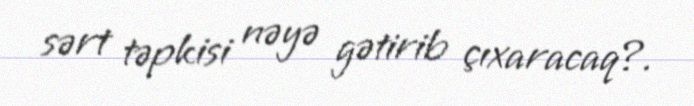
sərt təpkisi nəyə gətirib çıxaracaq?.